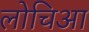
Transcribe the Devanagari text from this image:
लोचिआ